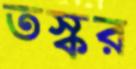
তস্কর